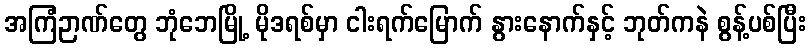
အကြံဉာဏ်တွေ ဘုံဘေမြို့ မိုဒရစ်မှာ ငါးရက်မြောက် နွားနောက်နှင့် ဘုတ်ကနဲ စွန့်ပစ်ပြီး